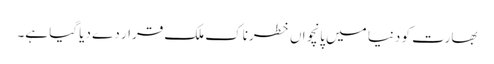
بھارت کو دنیا میں پانچواں خطرناک ملک قرار دے دیا گیا ہے۔